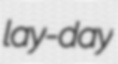
lay-day